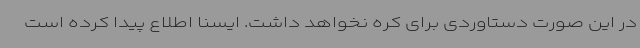
در این صورت دستاوردی برای کره نخواهد داشت. ایسنا اطلاع پیدا کرده است